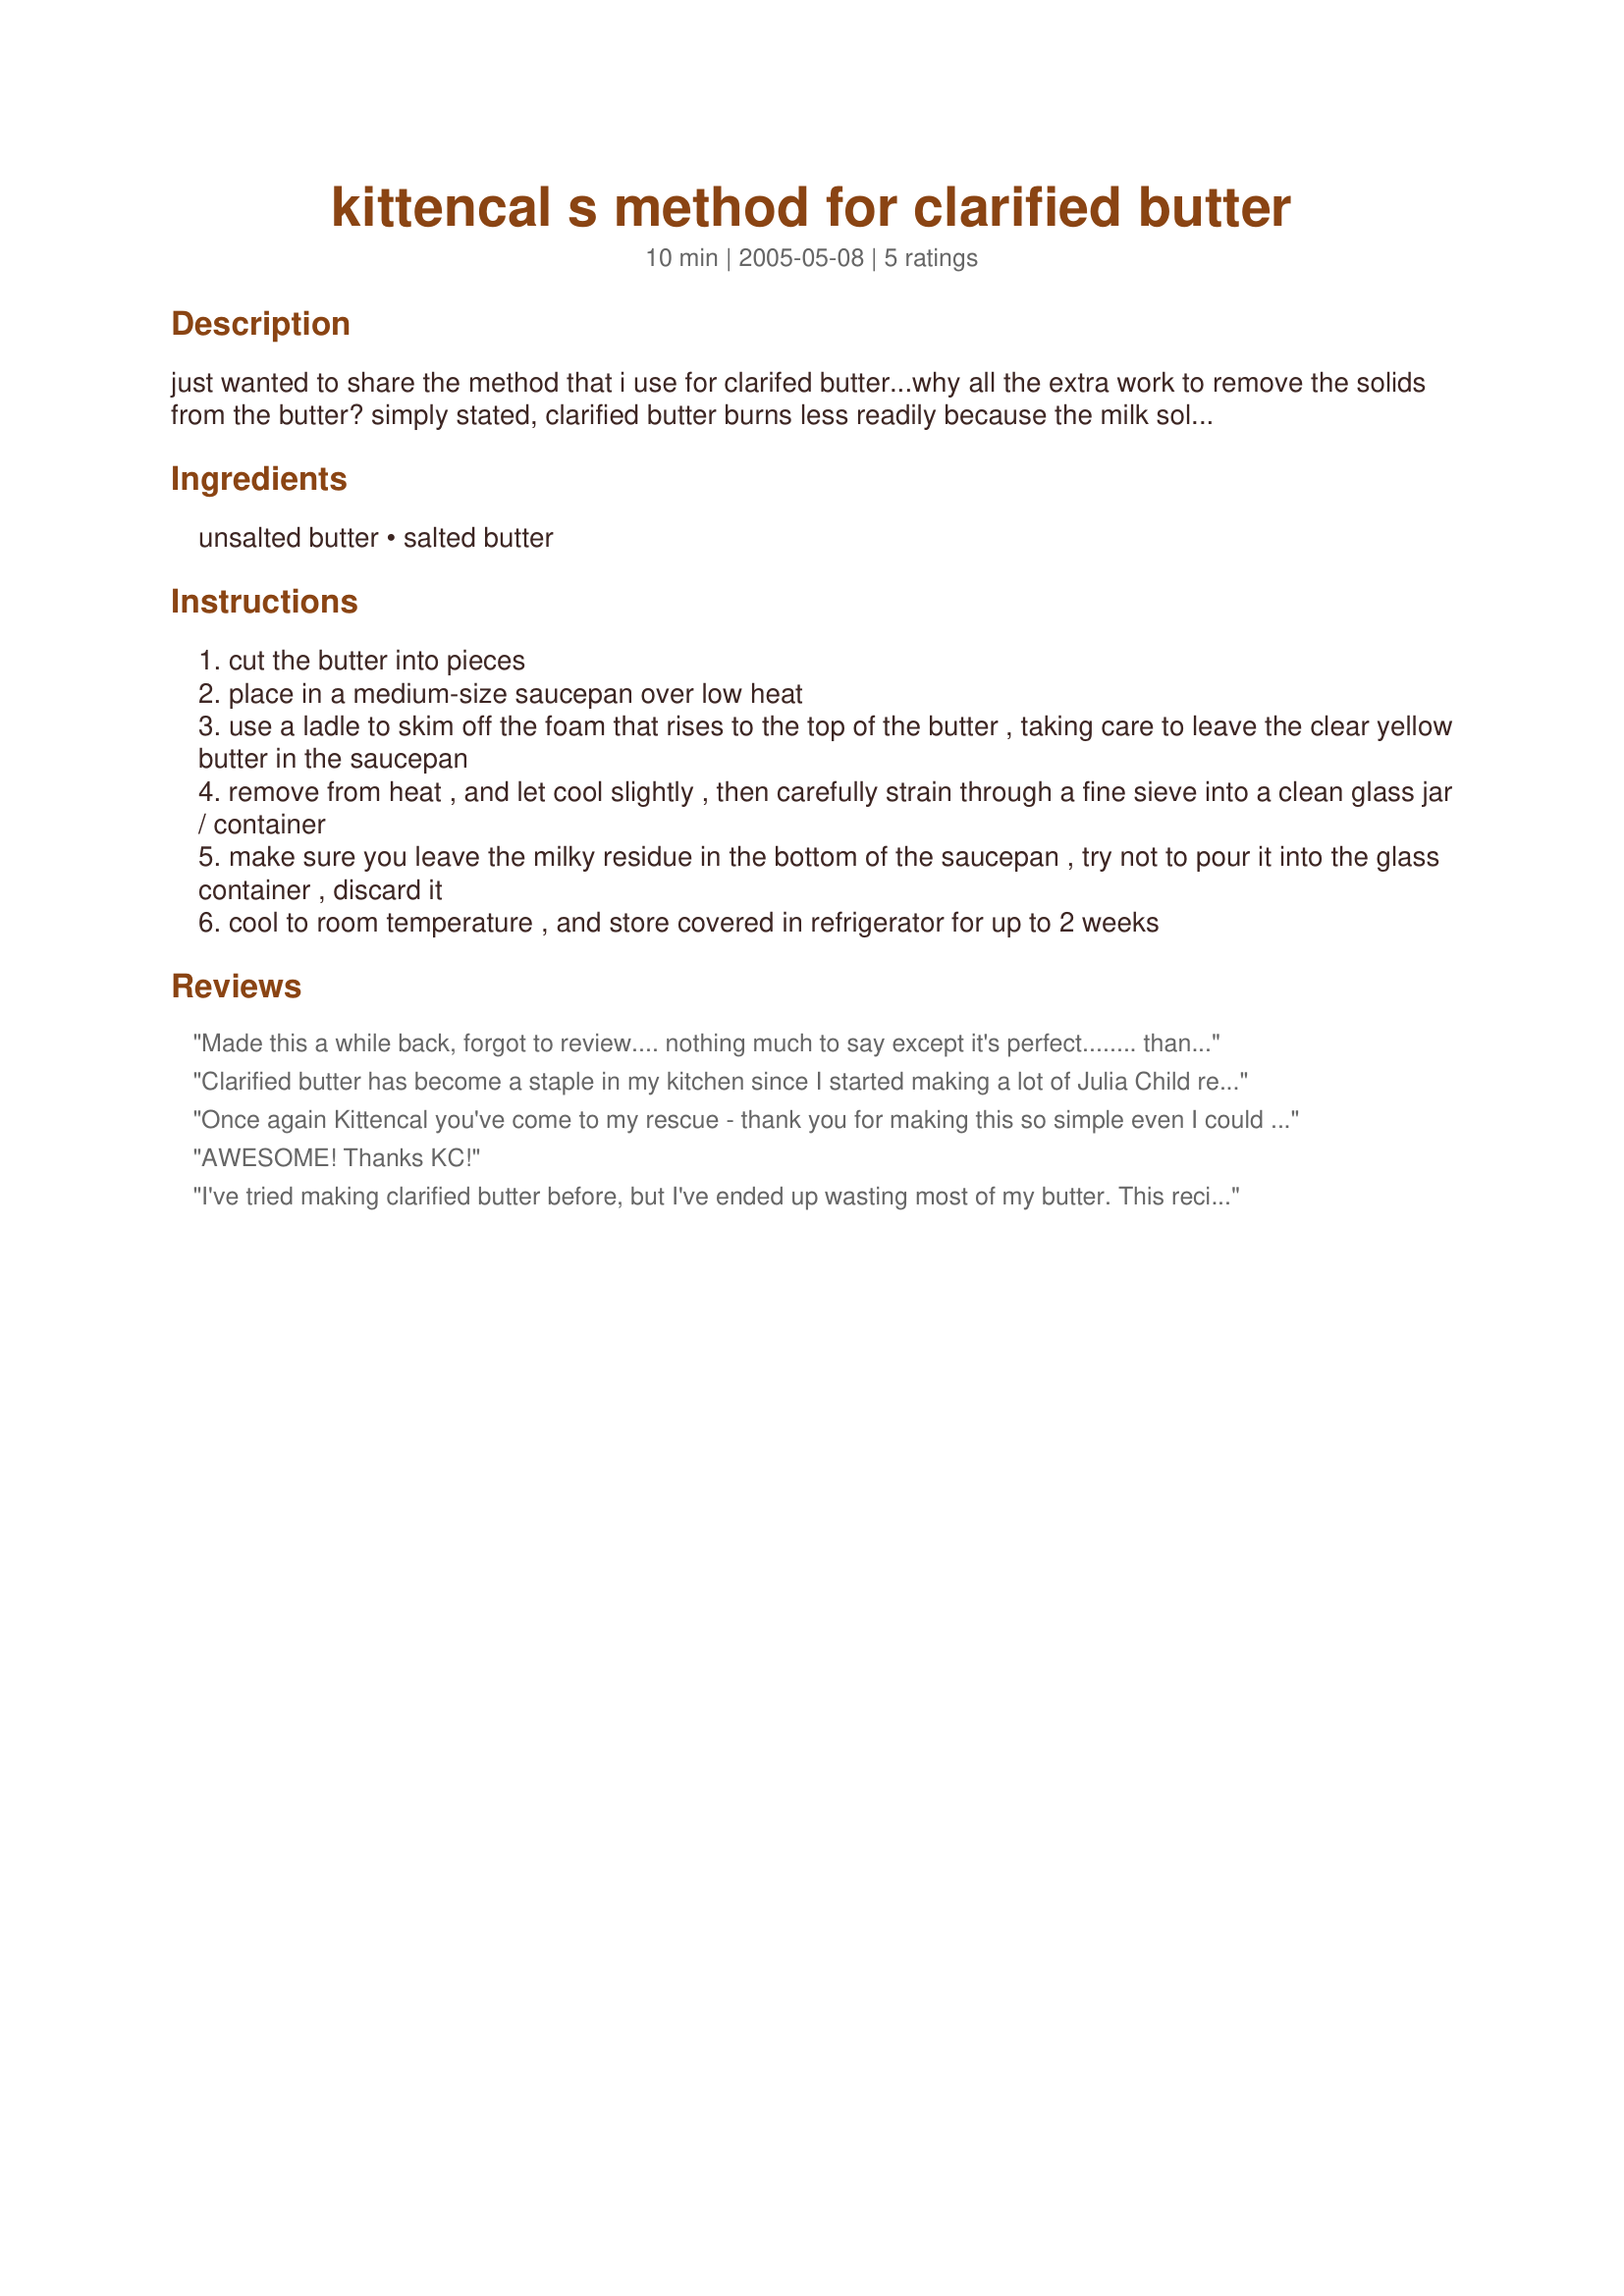
kittencal s method for clarified butter
Preparation time: 10 minutes

just wanted to share the method that i use for clarifed butter...why all the extra work to remove the solids from the butter? simply stated, clarified butter burns less readily because the milk solids are removed during the clarifying process. also, you can store your clarified butter longer than regular butter. if you don't want "blackened" potato pancakes, you will want to make the effort to cook them in clarified butter, it is wonderful for cooking! you can refrigerate clarified butter for up to 2 weeks, or freeze it for up to 2 months. 2 pounds of regular butter should yield about 3 cups clarified butter, once you cook with this, you will never want to be without it, and it's so easy to make too! it is best however to use all unsalted butter.

Ingredients:
unsalted butter, salted butter

Steps:
cut the butter into pieces
place in a medium-size saucepan over low heat
use a ladle to skim off the foam that rises to the top of the butter , taking care to leave the clear yellow butter in the saucepan
remove from heat , and let cool slightly , then carefully strain through a fine sieve into a clean glass jar / container
make sure you leave the milky residue in the bottom of the saucepan , try not to pour it into the glass container , discard it
cool to room temperature , and store covered in refrigerator for up to 2 weeks

Reviews:
Made this a while back, forgot to review.... nothing much to say except it's perfect........ thanks kittencal
Clarified butter has become a staple in my kitchen since I started making a lot of Julia Child recipes. Thanks for posting the technique here!
Once again Kittencal you've come to my rescue - thank you for making this so simple even I could do it :)
AWESOME! Thanks KC!
I've tried making clarified butter before, but I've ended up wasting most of my butter. This recipe taught me that patience is the key. I melted the butter over low heat, and I didn't stir. I skimmed the foam off after all of the butter had melted. I used all unsalted butter. I used the butter for recipe#26321 and recipe#146012. I truly think it made all the difference in the recipes. Thanks for more perfection Kitten!
